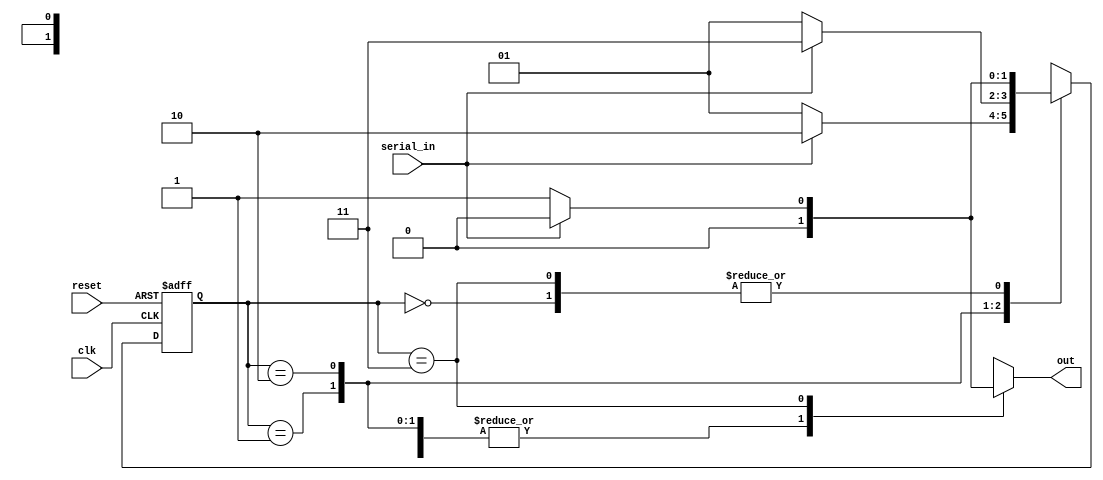
module seqdet(serial_in, out, clk, reset);
    input serial_in, clk, reset;
    output reg out;
    parameter  s0=0, s1=1, s2=2, s3=3;
    reg[1:0] PS, NS;

    always @(posedge clk or posedge reset)
        begin
            if (reset) 
                PS<=s0;
            else
                PS<=NS;
        end

    always @(PS, serial_in)
        begin
          case (PS)
            
            s0: begin
                    NS=serial_in?s0:s1;
                    out=serial_in?0:0;              
                end 
            s1: begin
                    NS=serial_in?s2:s1;
                    out=serial_in?0:0;              
                end 
            s2: begin
                    NS=serial_in?s3:s1;
                    out=serial_in?0:0;              
                end 
            s3: begin
                    NS=serial_in?s0:s1;
                    out=serial_in?0:1;              
                end
                 
            endcase
        end
 
endmodule